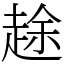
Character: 䞮